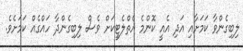
ލިބިގެންވާ ކަމަށާއި އަދި އެއީ ކޮންމެ އެތްލެޓީކަަށް ވެސް ލިބިގެންދާ ހައްގެއް ކަމަށެވެ.